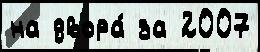
на двора́ за 2007